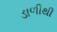
ડાળીથી